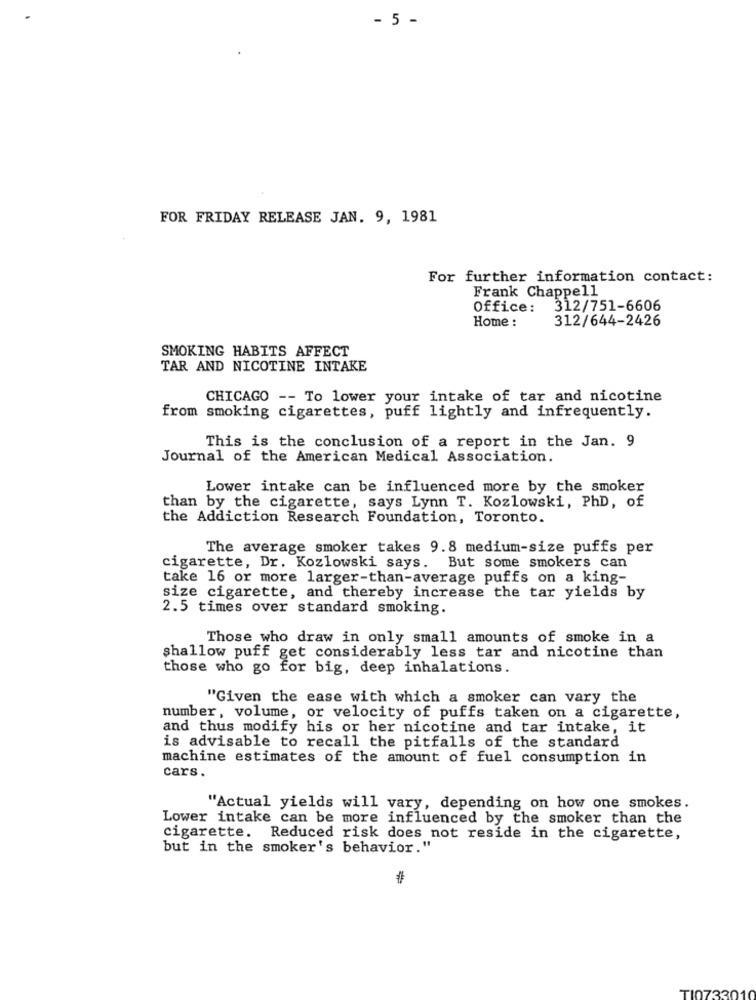
- 5 -
FOR FRIDAY RELEASE JAN. 9, 1981
For further information contact:
Frank Chappell
Office: 312/751-6606
Home :
312/644-2426
SMOKING HABITS AFFECT
TAR AND NICOTINE INTAKE
CHICAGO -- To lower your intake of tar and nicotine
from smoking cigarettes, puff lightly and infrequently.
This is the conclusion of a report in the Jan. 9
Journal of the American Medical Association.
Lower intake can be influenced more by the smoker
than by the cigarette, says Lynn T. Kozlowski, PhD, of
the Addiction Research Foundation, Toronto.
The average smoker takes 9.8 medium-size puffs per
cigarette, Dr. Kozlowski says. But some smokers can
take 16 or more larger-than-average puffs on a king-
size cigarette, and thereby increase the tar yields by
2.5 times over standard smoking.
Those who draw in only small amounts of smoke in a
shallow puff get considerably less tar and nicotine than
those who go for big, deep inhalations.
"Given the ease with which a smoker can vary the
number, volume, or velocity of puffs taken on a cigarette,
and thus modify his or her nicotine and tar intake, it
is advisable to recall the pitfalls of the standard
machine estimates of the amount of fuel consumption in
cars.
"Actual yields will vary, depending on how one smokes.
Lower intake can be more influenced by the smoker than the
cigarette. Reduced risk does not reside in the cigarette,
but in the smoker's behavior."
TI0733